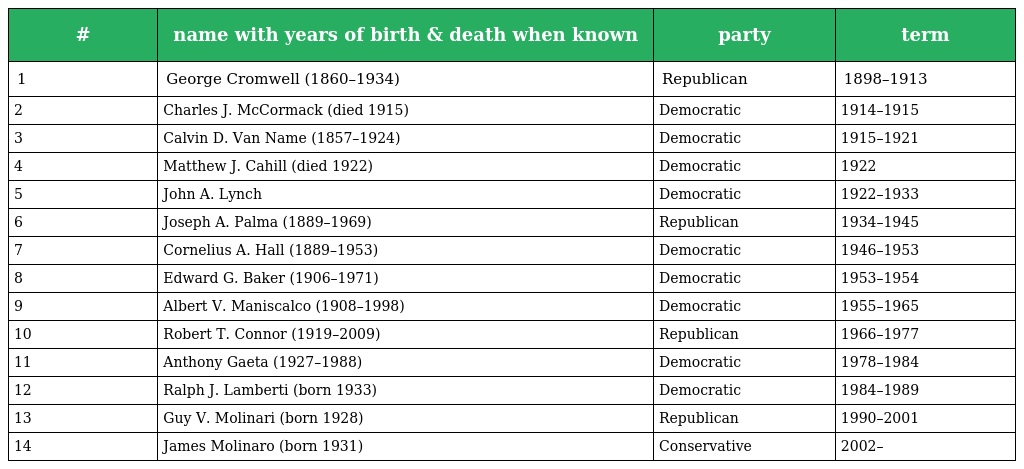
| # | name with years of birth & death when known | party | term |
 | --- | --- | --- | --- |
 | 1 | George Cromwell (1860–1934) | Republican | 1898–1913 |
 | 2 | Charles J. McCormack (died 1915) | Democratic | 1914–1915 |
 | 3 | Calvin D. Van Name (1857–1924) | Democratic | 1915–1921 |
 | 4 | Matthew J. Cahill (died 1922) | Democratic | 1922 |
 | 5 | John A. Lynch | Democratic | 1922–1933 |
 | 6 | Joseph A. Palma (1889–1969) | Republican | 1934–1945 |
 | 7 | Cornelius A. Hall (1889–1953) | Democratic | 1946–1953 |
 | 8 | Edward G. Baker (1906–1971) | Democratic | 1953–1954 |
 | 9 | Albert V. Maniscalco (1908–1998) | Democratic | 1955–1965 |
 | 10 | Robert T. Connor (1919–2009) | Republican | 1966–1977 |
 | 11 | Anthony Gaeta (1927–1988) | Democratic | 1978–1984 |
 | 12 | Ralph J. Lamberti (born 1933) | Democratic | 1984–1989 |
 | 13 | Guy V. Molinari (born 1928) | Republican | 1990–2001 |
 | 14 | James Molinaro (born 1931) | Conservative | 2002– |